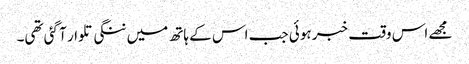
مجھے اس وقت خبر ہوئی جب اس کے ہاتھ میں ننگی تلوار آ گئی تھی۔